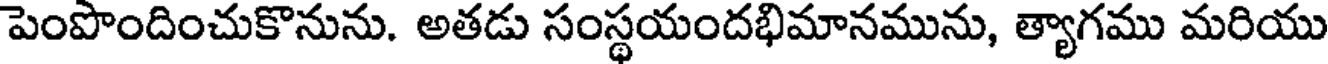
పెంపొందించుకొనును. అతడు సంస్థయందభిమానమును, త్యాగము మరియు